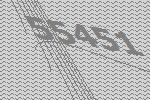
55451